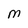
Character: M